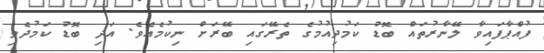
ފުއްޕާފައިވާ ލޭނާރުތައް ބޮޑު ކަމުދިއުމުގެ ތެރޭގައި ބޭރަށް ނިކުމެއެވެ. އަދި ބޮޑު ކަމުދެވި